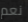
نعم